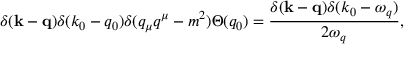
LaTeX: \delta ( { \bf k } - { \bf q } ) \delta ( k _ { 0 } - q _ { 0 } ) \delta ( q _ { \mu } q ^ { \mu } - m ^ { 2 } ) \Theta ( q _ { 0 } ) = \frac { \delta ( { \bf k } - { \bf q } ) \delta ( k _ { 0 } - \omega _ { q } ) } { 2 \omega _ { q } } ,